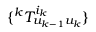
\{ ^ { k } T _ { u _ { k - 1 } u _ { k } } ^ { i _ { k } } \}